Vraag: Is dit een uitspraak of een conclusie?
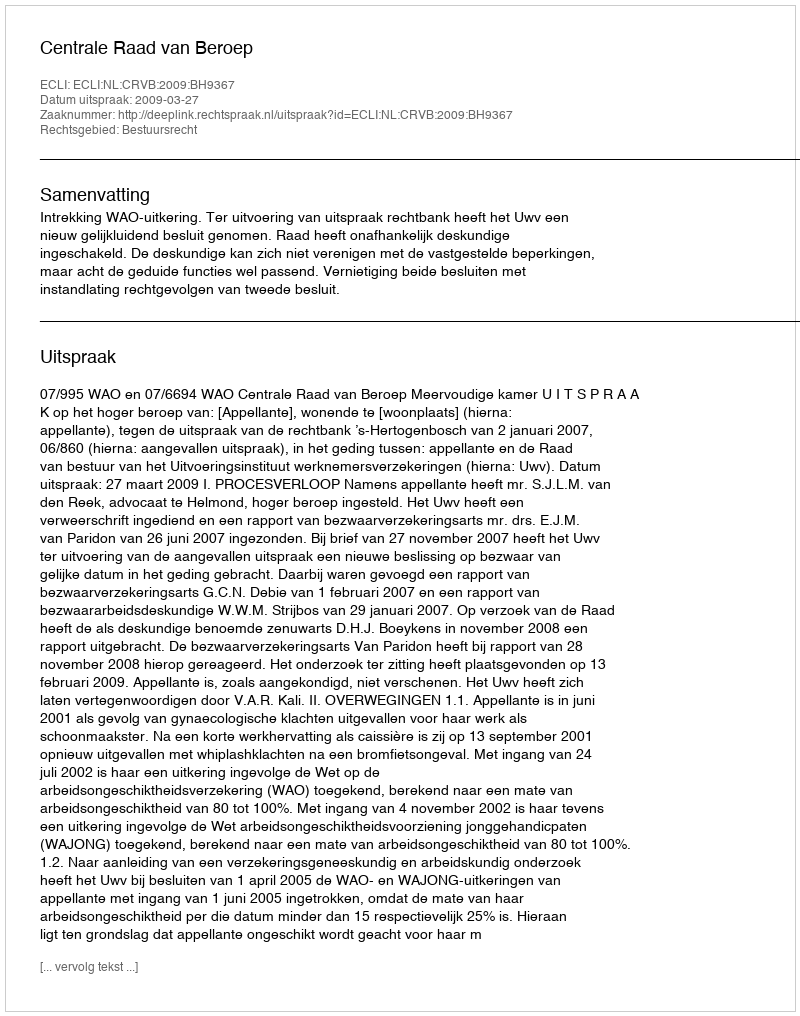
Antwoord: Uitspraak